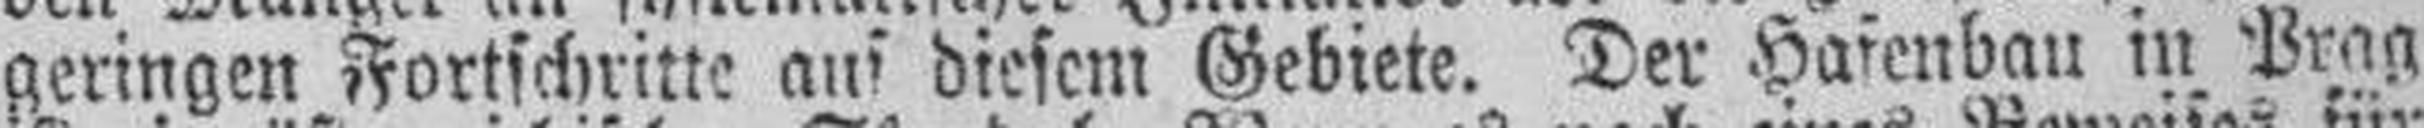
geringen Fortschritte auf diesem Gebiete. Der Hafenbau in Prag